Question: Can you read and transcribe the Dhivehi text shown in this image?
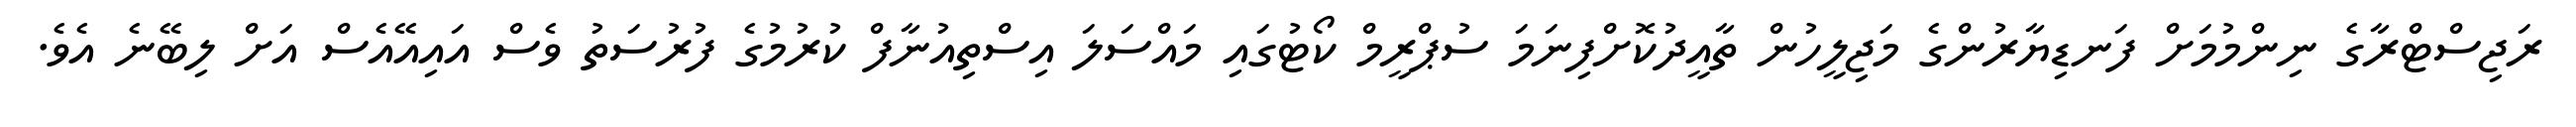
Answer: ރަޖިސްޓްރާގެ ނިންމުމަށް ފަނޑިޔާރުންގެ މަޖިލީހުން ތާއީދުކޮށްފިނަމަ ސުޕްރީމް ކޯޓުގައި މައްސަލަ އިސްތިއުނާފް ކުރުމުގެ ފުރުސަތު ވެސް އައިއޭއެސް އަށް ލިބޭނެ އެވެ.